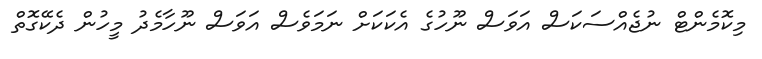
މިކޮމެންޓް ނުޖެއްސަކަސް އަވަސް ނޫހުގެ އެކަކަށް ނަމަވެސް އަވަސް ނޫހާމެދު މީހުން ދެކޭގޮތް